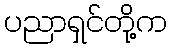
ပညာရှင်တို့က